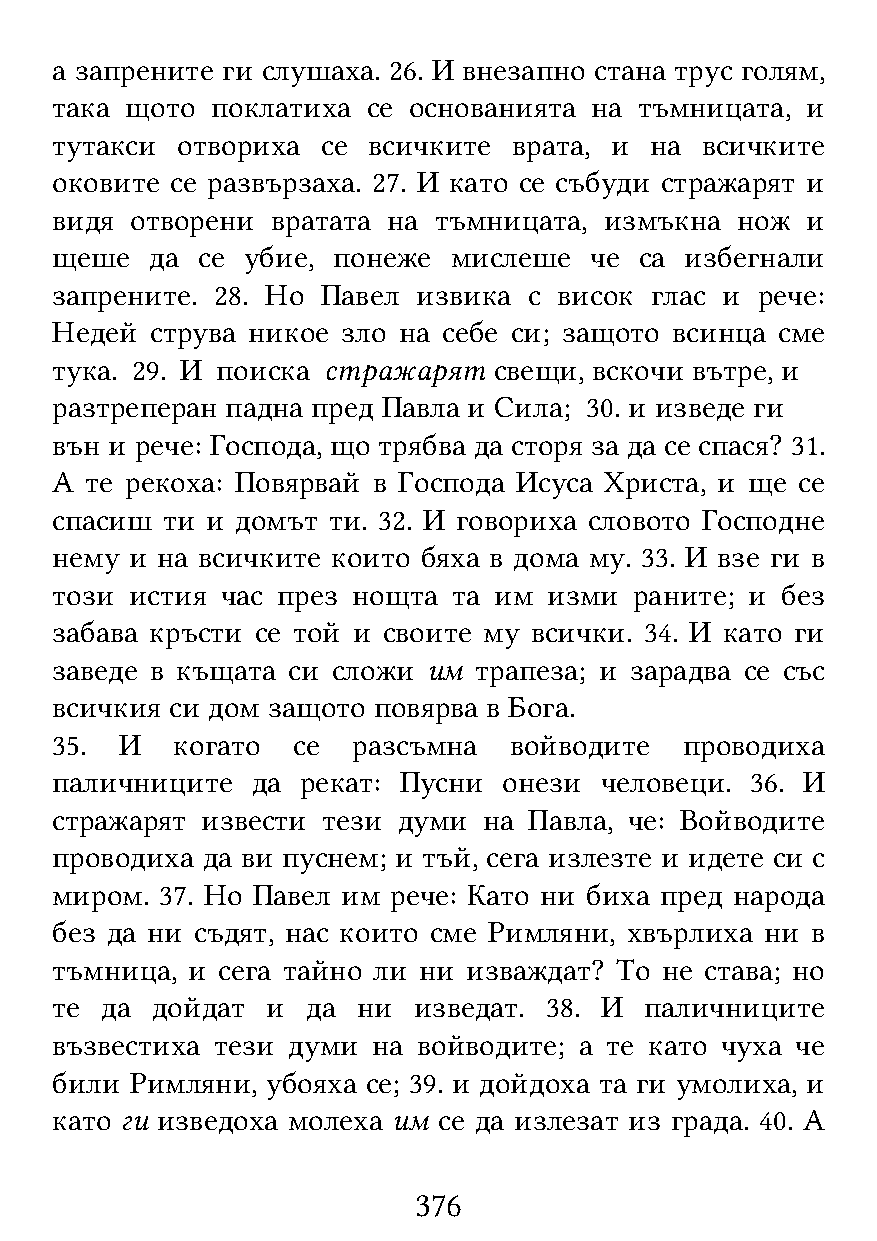
а запрените ги слушаха. 26. И внезапно стана трус голям,
 така щото  поклатиха се основанията на тъмницата, и
 тутакси  отвориха се всичките  врата, и на всичките
 оковите се развързаха. 27. И като се събуди стражарят и
 видя  отворени вратата на тъмницата, измъкна  нож и
 щеше   да се убие, понеже  мислеше  че са избегнали
 запрените. 28. Но Павел  извика с висок глас и рече:
 Недей  струва никое зло на себе си; защото всинца сме
 тука. 29. И поиска стражарят  свещи, вскочи вътре, и
 разтреперан падна пред Павла и Сила; 30. и изведе ги
 вън и рече: Господа, що трябва да сторя за да се спася? 31.
 А  те рекоха: Повярвай в Господа Исуса Христа, и ще се
 спасиш  ти и домът ти. 32. И говориха словото Господне
 нему  и на всичките които бяха в дома му. 33. И взе ги в
 този  истия час през нощта та им изми  раните; и без
 забава кръсти се той и своите му всички. 34. И като ги
 заведе в къщата си сложи им трапеза; и зарадва се със
 всичкия си дом защото повярва в Бога.
 35.  И  когато  се  разсъмна   войводите  проводиха
 паличниците   да рекат: Пусни онези  человеци. 36. И
 стражарят извести тези думи  на Павла, че: Войводите
 проводиха да ви пуснем; и тъй, сега излезте и идете си с
 миром.  37. Но Павел им рече: Като ни биха пред народа
 без да ни съдят, нас които сме Римляни, хвърлиха ни в
 тъмница, и сега тайно ли ни изваждат? То не става; но
 те  да дойдат  и да  ни изведат. 38. И  паличниците
 възвестиха тези думи  на войводите; а те като чуха че
 били  Римляни, убояха се; 39. и дойдоха та ги умолиха, и
 като ги изведоха молеха им се да излезат из града. 40. А
 376